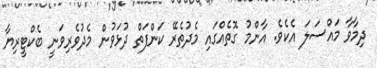
ދިމާވާ މައްސަލަ އެކެވެ. އާންމު ގޮތެއްގައި މެދުތެރޭ ކަންފަތް ދުޅަވުން މެދުވެރިވަނީ ބެކްޓީރިޔާ